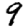
Digit: 9